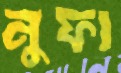
নুফা